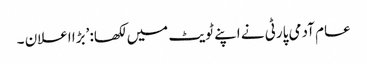
عام آدمی پارٹی نے اپنے ٹویٹ میں لکھا: ’بڑا اعلان ۔